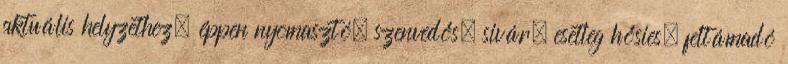
aktuális helyzethez, éppen nyomasztó, szenvedős, sivár, esetleg hősies, feltámadó